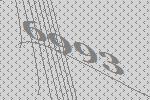
6993